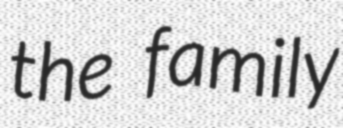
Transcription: the family